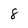
Character: 8